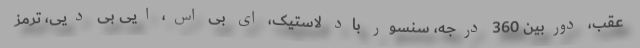
عقب، دوربین 360 درجه، سنسور باد لاستیک، ای بی اس، ایی بی دیی، ترمز